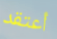
أعتقد